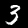
Label: 3